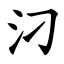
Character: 汈